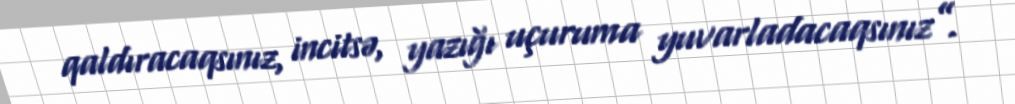
qaldıracaqsınız, incitsə, yazığı uçuruma yuvarladacaqsınız”.